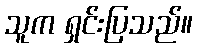
သူက ရှင်းပြသည်။